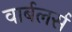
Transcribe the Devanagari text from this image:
वार्बलर्स